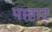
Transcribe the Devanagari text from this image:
पाहार्